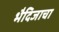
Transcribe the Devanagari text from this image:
भैदिजाचा